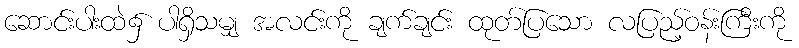
ဆောင်းပါးထဲ၌ ပါရှိသမျှ အလင်းကို ချက်ချင်း ထုတ်ပြသော လပြည့်ဝန်းကြီးကို